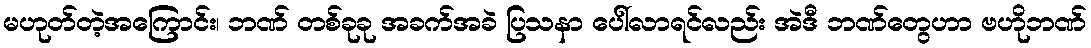
မဟုတ်တဲ့အကြောင်း၊ ဘဏ် တစ်ခုခု အခက်အခဲ ပြသနာ ပေါ်လာရင်လည်း အဲဒီ ဘဏ်တွေဟာ ဗဟိုဘဏ်